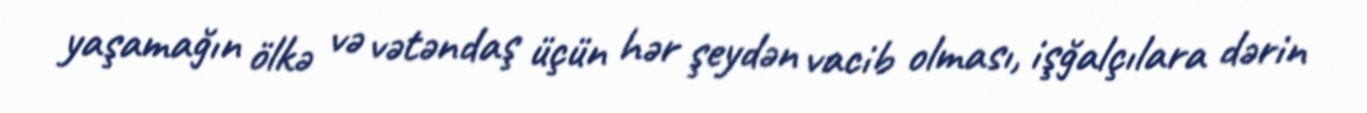
yaşamağın ölkə və vətəndaş üçün hər şeydən vacib olması, işğalçılara dərin